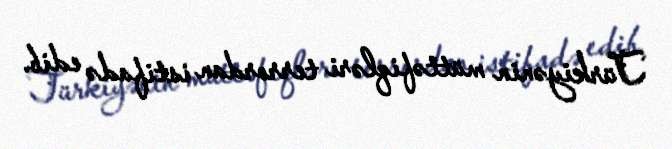
Türkiyənin müttəfiqləri terrordan istifadə edib.